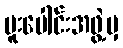
ပူးပေါင်းအဖွဲ့မှ